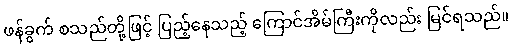
ဖန်ခွက် စသည်တို့ဖြင့် ပြည့်နေသည့် ကြောင်အိမ်ကြီးကိုလည်း မြင်ရသည်။